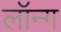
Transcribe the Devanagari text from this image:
लॉन्‍ग